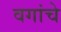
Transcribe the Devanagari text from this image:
वगांचे